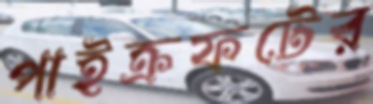
পাইক্রফটের